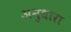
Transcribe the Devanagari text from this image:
अनुधारा